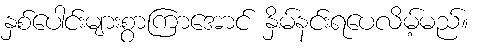
နှစ်ပေါင်းများစွာကြာအောင် နှိမ်နင်းရပေလိမ့်မည်။